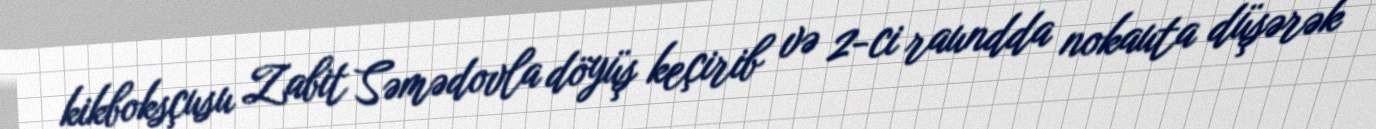
kikboksçusu Zabit Səmədovla döyüş keçirib və 2-ci raundda nokauta düşərək